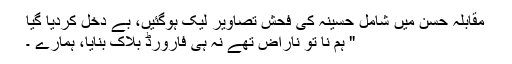
مقابلہ حسن میں شامل حسینہ کی فحش تصاویر لیک ہوگئیں، بے دخل کردیا گیا
" ہم نا تو ناراض تھے نہ ہی فارورڈ بلاک بنایا، ہمارے ۔